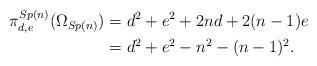
LaTeX: \begin{align*}\begin{aligned} \pi^{Sp(n)}_{d,e}(\Omega_{Sp(n)}) &= d^2 + e^2 + 2nd + 2(n-1)e\\ &=d_{}^2 + e_{}^2 - n^2 - (n-1)^2. \end{aligned} \end{align*}